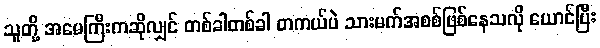
သူတို့ အမေကြီးကဆိုလျှင် တစ်ခါတစ်ခါ တကယ်ပဲ သားမက်အစစ်ဖြစ်နေသလို ယောင်ပြီး